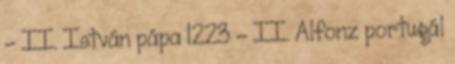
– II. István pápa 1223 – II. Alfonz portugál